Civil Veterinary Dept. Assam report 1927-50 - 1927-1950
Year: 1927
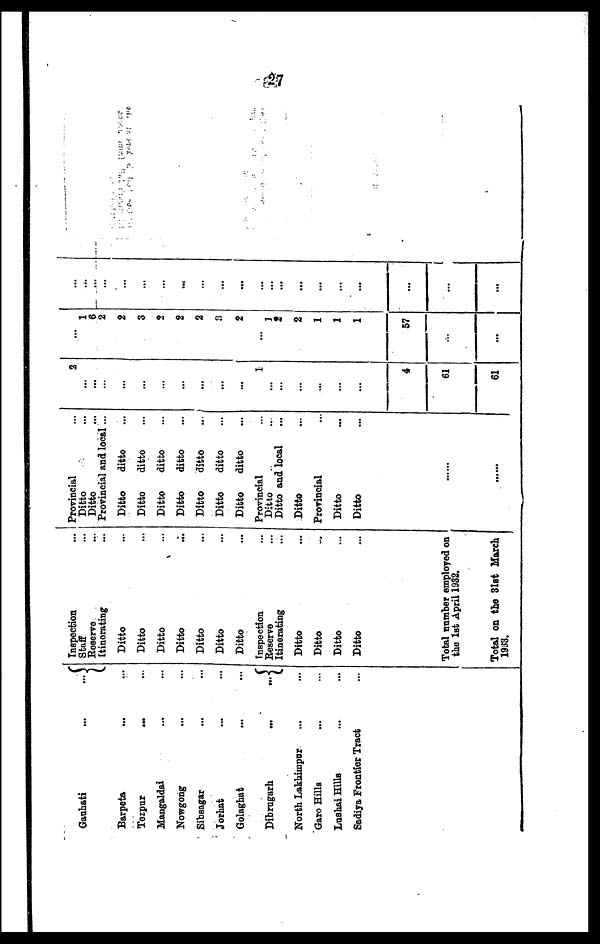
27
Gauhati
...
...
Barpeta ... ...
Tezpur
...
...
Mangaldai ... ...
Nowgong ... ...
Sibsagar ... ...
Jorhat ... ...
Golaghat ... ...
Dibrugarh
...
...
North Lakhimpur ... ...
Garo Hills ... ...
Lushai Hills ... ...
Sadiya Frontier Tract ...
Inspection ...
Staff ...
Reserve ...
Itinerating ...
Ditto ...
Ditto ...
Ditto ...
Ditto ...
Ditto ...
Ditto ...
Ditto
Inspection ...
Reserve ...
Itinerating ...
Ditto ...
Ditto ...
Ditto ...
Ditto ...
Total number employed on
the 1st April 1932.
Total on the 31st March
1933.
Provincial ...
Ditto ...
Ditto ...
Provincial and local...
Ditto
ditto ...
Ditto
ditto ...
Ditto
ditto ...
Ditto
ditto ...
Ditto
ditto ...
Ditto
ditto ...
Ditto
ditto ...
Provincial ...
Ditto ...
Ditto and local ...
Ditto ...
Provincial ...
Ditto ...
Ditto ...
......
......
2
...
...
...
...
...
...
...
...
...
...
1
...
...
...
...
...
4
61
61
...
1
6
2
2
3
2
2
2
3
2
...
1
2
2
1
1
1
57
...
...
...
...
...
...
...
...
...
...
...
...
...
...
...
...
...
...
...
...
...
...
...